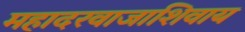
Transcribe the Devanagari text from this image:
महादरवाजाशिवाय